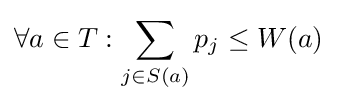
\forall a\in T:\sum _{j\in S(a)}p_{j}\leq W(a)